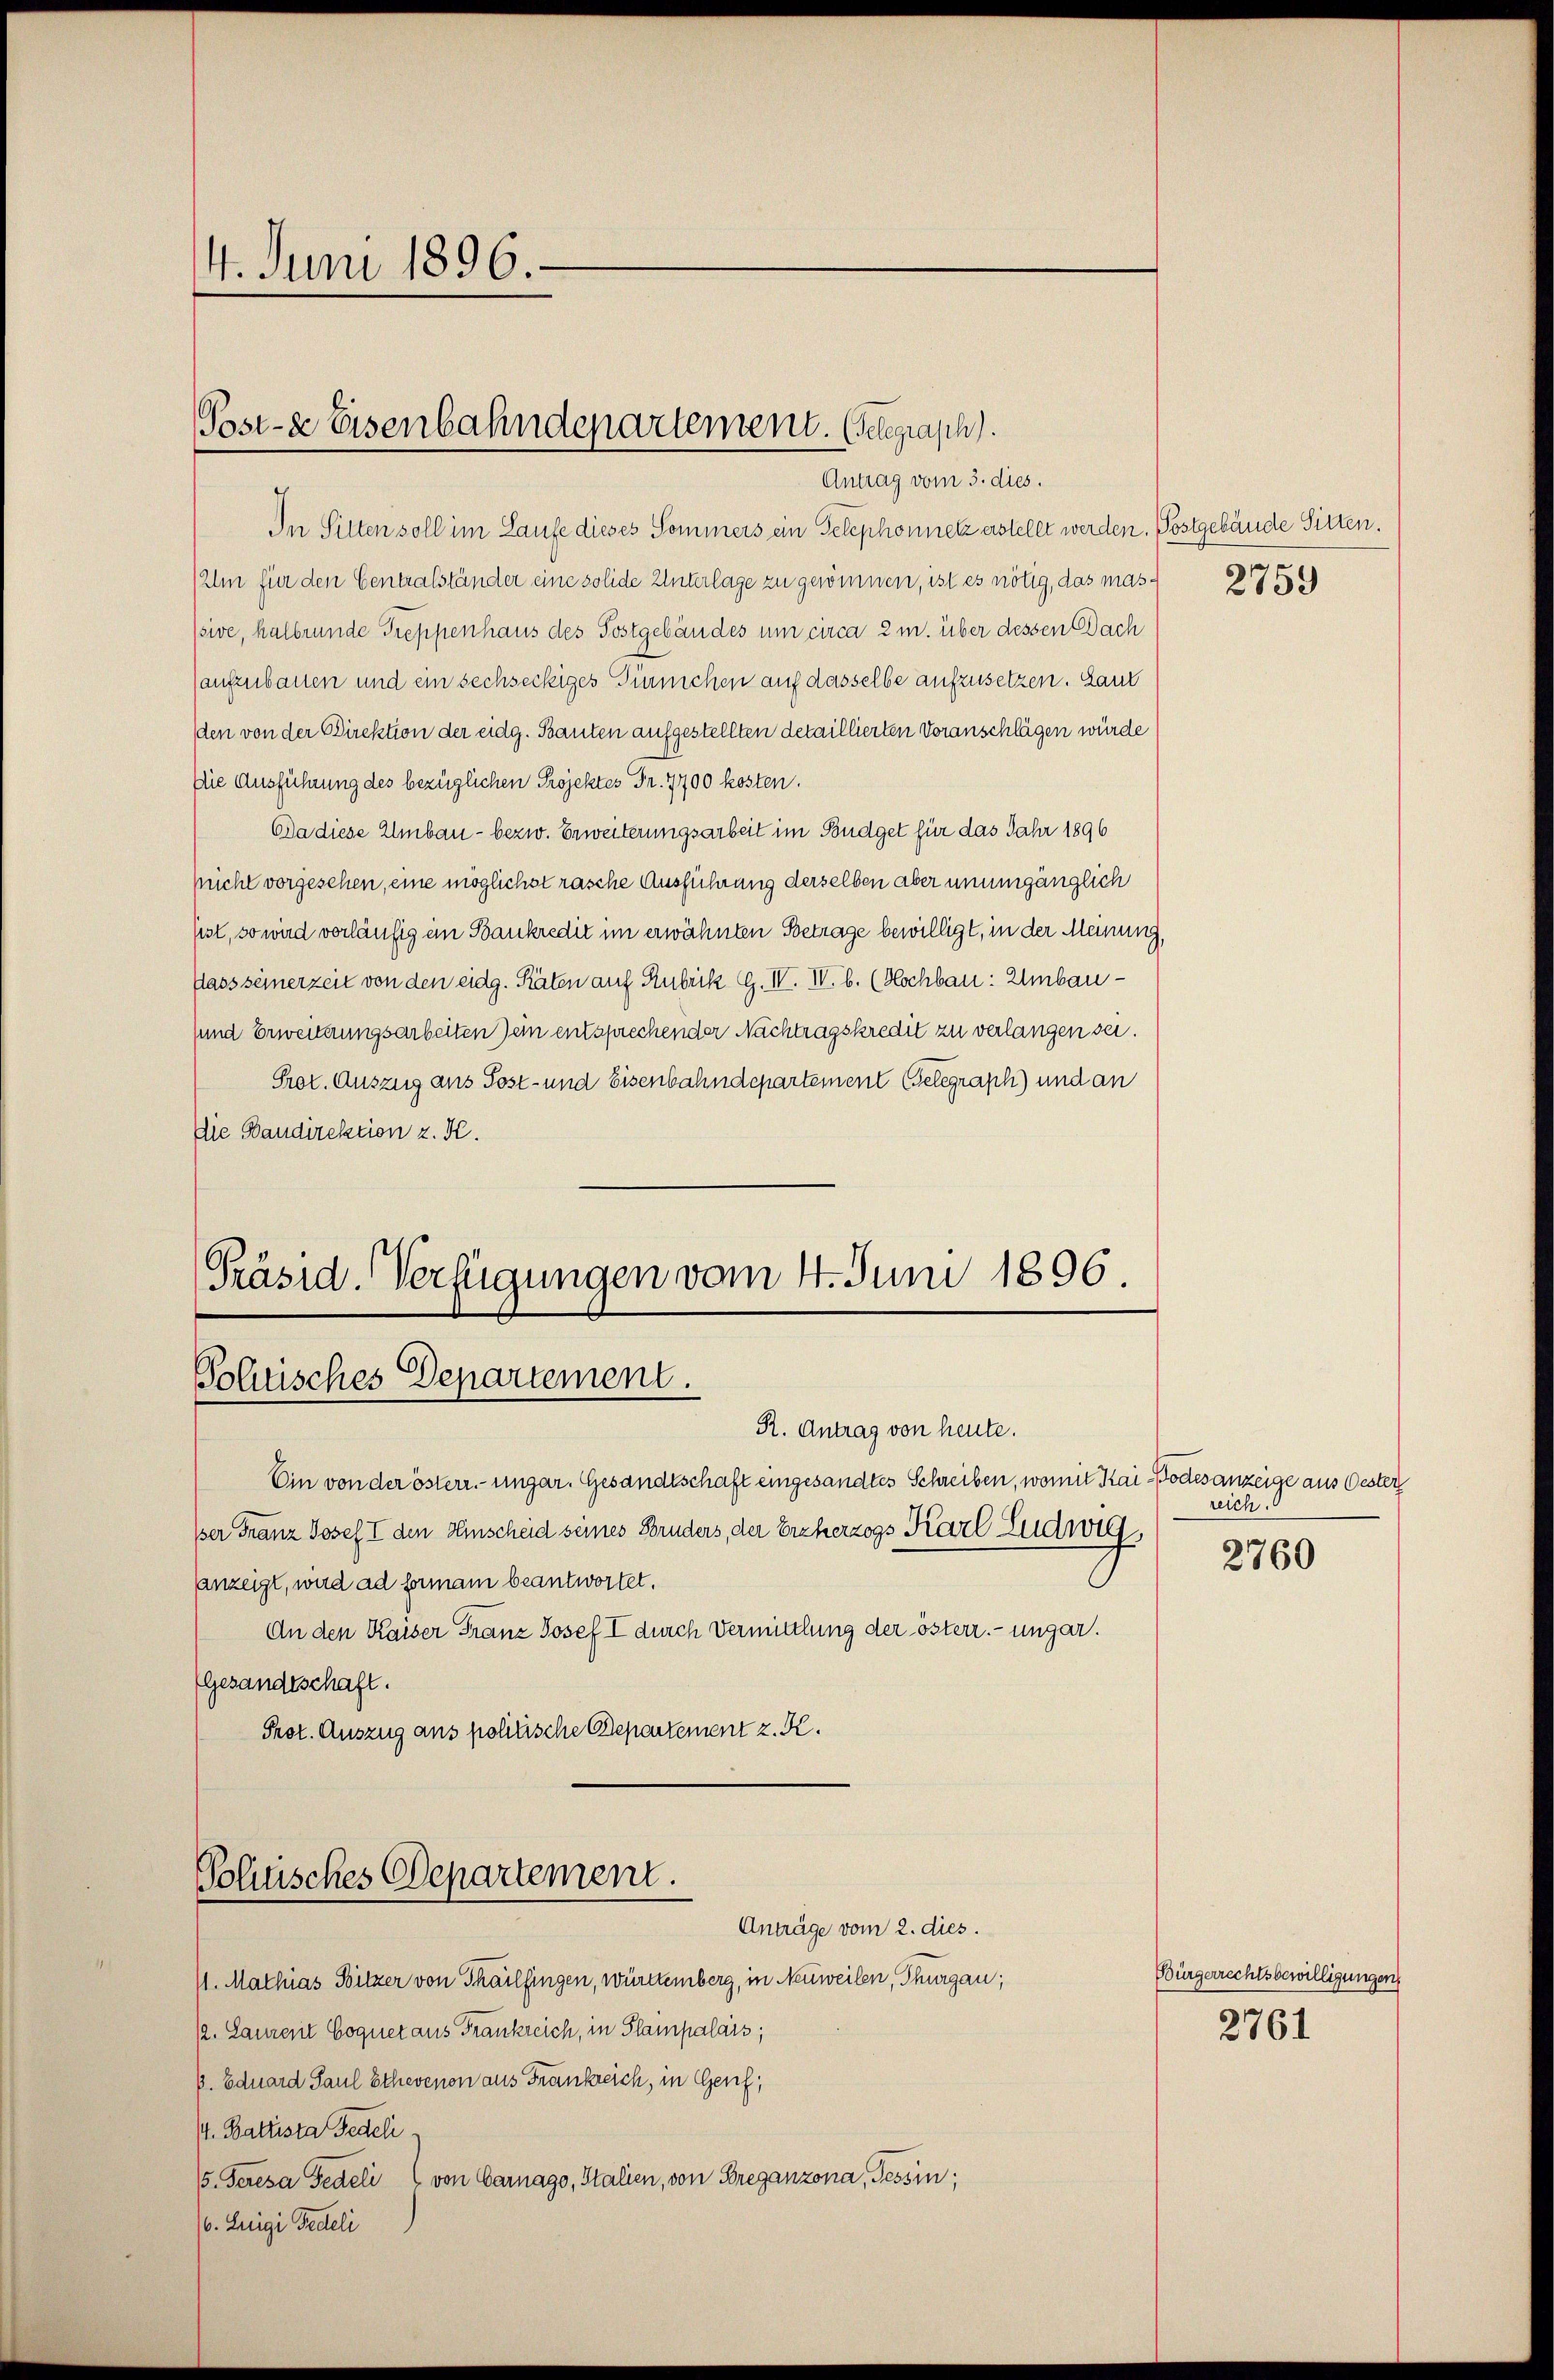
14. Juni 1896.

Post- & Eisenbahndepartement. Gelegrasch.
Antrag vom 3. dies.

In Sitten soll im Laufe dieses Sommers ein Telephonnetz erstellt werden. Postgebäude Sitten.
Um für den Centralständer eine solide Unterlage zu genommen, ist es nötig, das mas 275)
ssive, halbrunde Treppenhaus des Postgebäudes um circa 2 m. über dessen Dach
(aufzubauen und ein sechseckiges Gerichen auf dasselbe aufzusetzen. Laut
den von der Direktion der eidg. Bauten aufgestellten detaillierten Voranschlägen würde
Die Ausführung des bezüglichen Projektes Fr. 7700 kosten.
Da diese Umbau - bezw. Erweiterungsarbeit im Büdget für das Jahr 1896
pucht vorgesehen, eine möglichst rasche Ausführung derselben aber unumgänglich
sist, so wird vorläufig im Bankredit im erwähnten Betrage bewilligt, in der Meinung,
flass seinerzeit von den eidg. Räten auf Rubrik G. IV. IV. b. (Kochbau: Umbauuund Erweiterungsarbeiten ein entsprechender Nachtragskredit zu verlangen sei.
Prot. Auszug aus Post- und Eisenbahndepartement Gelegraph) und an
Die Baudirektion z. K.
Präsid. Verfügungen vom 4. Juni 1896.

Polnisches Departement.
R. Antrag von heute.

Ein von der österr.-ungar. Gesandtschaft eingesandtes Schreiben, womit Kaises anzeige aus Oester
ßer Franz Josef I den Hischeid seines Bruders, der Erzherzogs Karl Ludwig,
sanzeigt, wird ad formani beantwortet.
An den Kaiser Franz Josef I durch Vermittlung der österr. - ungar.
Gesandtschaft.
Prot. Auszug aus politische Depentement z. K.

Politisches Departement.
Anträge vom 2. dies.

/1. Mathias Bitzer von Thailfingen, württemberg, in Neuweilen, Thurgau;
/2. Laurent Coqueraus Frankreich, in Plampalais;
P. Eduard Paul Ethevenon aus Frankreich, in Genf,
/4. Baltista Fedeli
15. Peresa Fedeli 2 von Carnago, Italien, von Breganzona, Tessin;
/. Luigi Pedeli

reich.

2760

Bürgerrechtsbewilligungen
2761